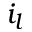
i _ { l }